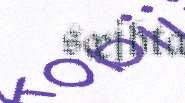
sæjhta